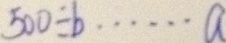
5 0 0 \div b \cdots a